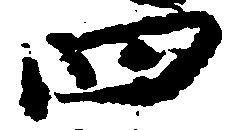
四